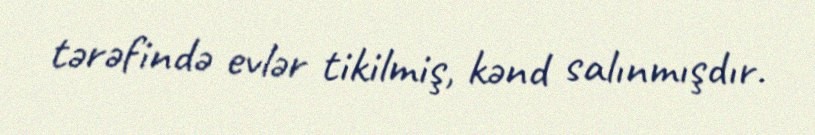
tərəfində evlər tikilmiş, kənd salınmışdır.